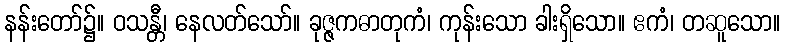
နန်းတော်၌။ ဝသန္တီ၊ နေလတ်သော်။ ခုဇ္ဇကဓာတုကံ၊ ကုန်းသော ခါးရှိသော။ ဧကံ၊ တဆူသော။